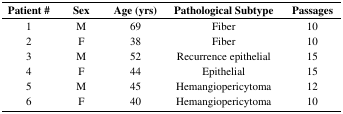
| Patient # | Sex | Age (yrs) | Pathological Subtype | Passages |
 | --- | --- | --- | --- | --- |
 | 1 | M | 69 | Fiber | 10 |
 | 2 | F | 38 | Fiber | 10 |
 | 3 | M | 52 | Recurrence epithelial | 15 |
 | 4 | F | 44 | Epithelial | 15 |
 | 5 | M | 45 | Hemangiopericytoma | 12 |
 | 6 | F | 40 | Hemangiopericytoma | 10 |